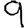
Digit: 9